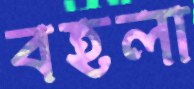
বহলা